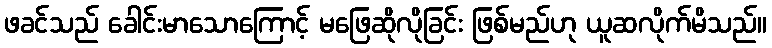
ဖခင်သည် ခေါင်းမာသောကြောင့် မဖြေဆိုလိုခြင်း ဖြစ်မည်ဟု ယူဆလိုက်မိသည်။